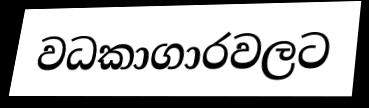
වධකාගාරවලට